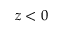
z < 0